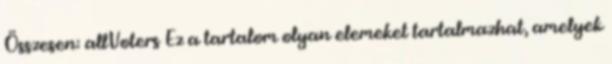
Összesen: allVoters Ez a tartalom olyan elemeket tartalmazhat, amelyek